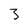
Character: 3